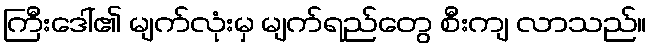
ကြီးဒေါ်၏ မျက်လုံးမှ မျက်ရည်တွေ စီးကျ လာသည်။